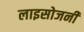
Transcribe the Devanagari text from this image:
लाइसोजनी